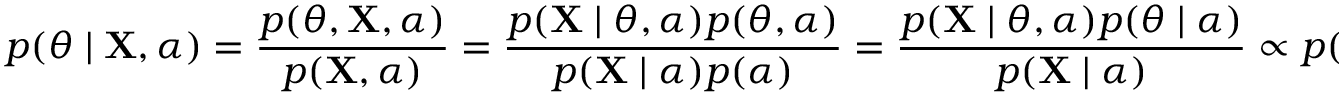
p ( \theta \mid \mathbf { X } , \alpha ) = { \frac { p ( \theta , \mathbf { X } , \alpha ) } { p ( \mathbf { X } , \alpha ) } } = { \frac { p ( \mathbf { X } \mid \theta , \alpha ) p ( \theta , \alpha ) } { p ( \mathbf { X } \mid \alpha ) p ( \alpha ) } } = { \frac { p ( \mathbf { X } \mid \theta , \alpha ) p ( \theta \mid \alpha ) } { p ( \mathbf { X } \mid \alpha ) } } \propto p ( \mathbf { X } \mid \theta , \alpha ) p ( \theta \mid \alpha )